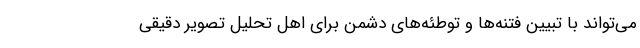
می‌تواند با تبیین فتنه‌ها و توطئه‌های دشمن برای اهل تحلیل تصویر دقیقی